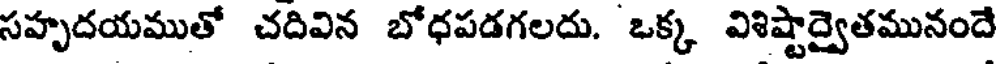
సహృదయముతో చదివిన బోధపడగలదు. ఒక్క విశిష్టాద్వైతమునందే